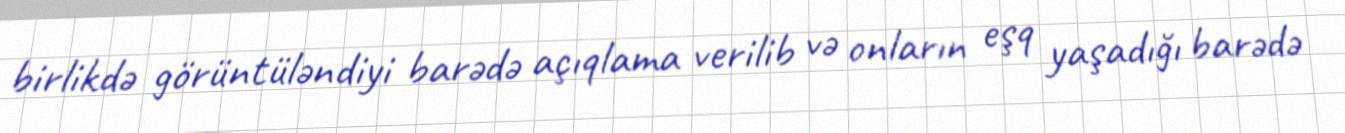
birlikdə görüntüləndiyi barədə açıqlama verilib və onların eşq yaşadığı barədə